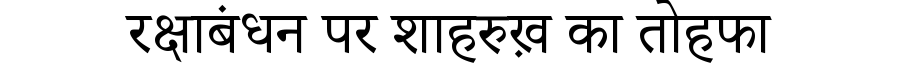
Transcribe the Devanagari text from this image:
रक्षाबंधन पर शाहरुख़ का तोहफा